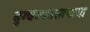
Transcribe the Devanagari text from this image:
दुग्धव्यवसायाचा